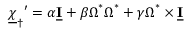
{ { \underline { { \boldsymbol { \chi } } } _ { \dagger } } ^ { \prime } = \alpha \underline { { \mathbf I } } + \beta \boldsymbol \Omega ^ { * } \boldsymbol \Omega ^ { * } + \gamma \boldsymbol \Omega ^ { * } \times \underline { { \mathbf I } } }